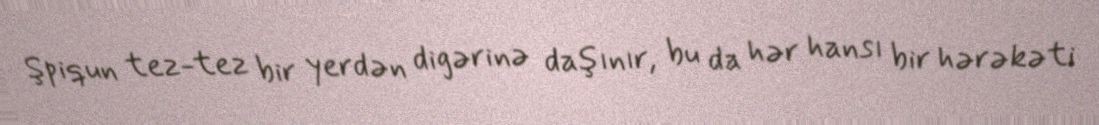
Şpiqun tez-tez bir yerdən digərinə daşınır, bu da hər hansı bir hərəkəti